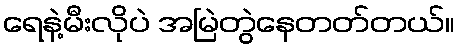
ရေနဲ့မီးလိုပဲ အမြဲတွဲနေတတ်တယ်။